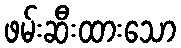
ဖမ်းဆီးထားသော